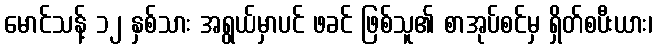
မောင်သန့် ၁၂ နှစ်သား အရွယ်မှာပင် ဖခင် ဖြစ်သူ၏ စာအုပ်စင်မှ ရှိတ်စပီးယား၊